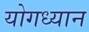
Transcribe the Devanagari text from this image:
योगध्‍यान